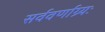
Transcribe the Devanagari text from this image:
सर्ववर्णाग्र्यः